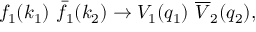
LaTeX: f _ { 1 } ( k _ { 1 } ) \ \bar { f } _ { 1 } ( k _ { 2 } ) \to V _ { 1 } ( q _ { 1 } ) \ \overline { { V } } _ { 2 } ( q _ { 2 } ) ,